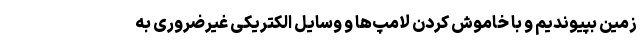
زمین بپیوندیم و با خاموش کردن لامپ‌ها و وسایل الکتریکی غیرضروری به